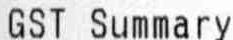
GST SUMMARY